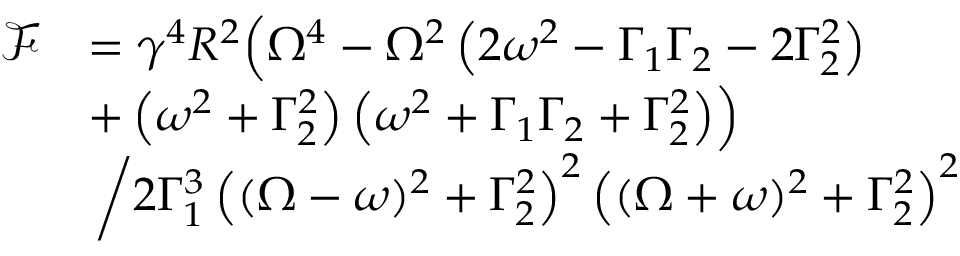
\begin{array} { r l } { \mathcal { F } } & { = \gamma ^ { 4 } R ^ { 2 } \Big ( \Omega ^ { 4 } - \Omega ^ { 2 } \left( 2 \omega ^ { 2 } - \Gamma _ { 1 } \Gamma _ { 2 } - 2 \Gamma _ { 2 } ^ { 2 } \right) } \\ & { + \left( \omega ^ { 2 } + \Gamma _ { 2 } ^ { 2 } \right) \left( \omega ^ { 2 } + \Gamma _ { 1 } \Gamma _ { 2 } + \Gamma _ { 2 } ^ { 2 } \right) \! \Big ) } \\ & { \left. \middle / 2 \Gamma _ { 1 } ^ { 3 } \left( ( \Omega - \omega ) ^ { 2 } + \Gamma _ { 2 } ^ { 2 } \right) ^ { 2 } \left( ( \Omega + \omega ) ^ { 2 } + \Gamma _ { 2 } ^ { 2 } \right) ^ { 2 } \right. } \end{array}